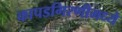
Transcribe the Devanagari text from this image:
कापडगिरणीमध्ये